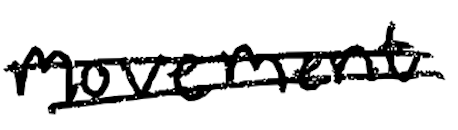
Text: movement
Cross-out: double-line
Writing tool: digital_black